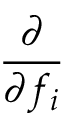
\frac { \partial } { \partial f _ { i } }